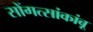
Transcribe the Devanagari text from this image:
सोंगत्सांकांबू